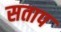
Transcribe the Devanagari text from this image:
सताप